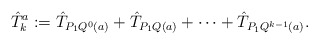
\begin{align*}\hat T_k^a:=\hat T_{P_1Q^0(a)}+\hat T_{P_1Q(a)}+\cdots+\hat T_{P_1Q^{k-1}(a)}.\end{align*}